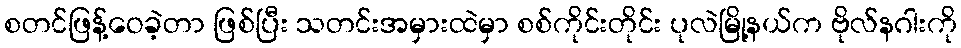
စတင်ဖြန့်ဝေခဲ့တာ ဖြစ်ပြီး သတင်းအမှားထဲမှာ စစ်ကိုင်းတိုင်း ပုလဲမြို့နယ်က ဗိုလ်နဂါးကို